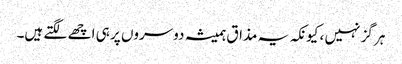
ہر گز نہیں ، کیونکہ یہ مذاق ہمیشہ دوسروں پر ہی اچھے لگتے ہیں۔